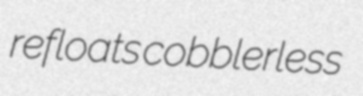
refloats cobblerless